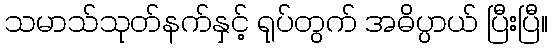
သမာသ်သုတ်နက်နှင့် ရုပ်တွက် အဓိပ္ပာယ် ပြီးပြီ။